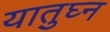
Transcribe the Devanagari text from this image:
यातुघ्न